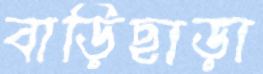
বাড়িছাড়া